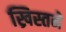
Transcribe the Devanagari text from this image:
ख्रिस्तने